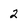
Character: 2